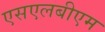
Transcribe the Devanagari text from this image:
एसएलबीएम